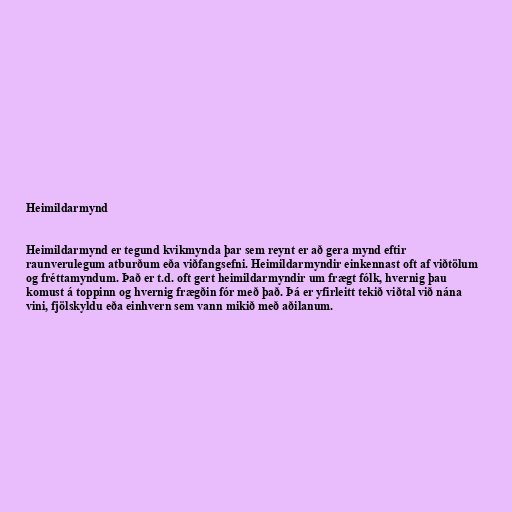
Heimildarmynd

Heimildarmynd er tegund kvikmynda þar sem reynt er að gera mynd eftir
raunverulegum atburðum eða viðfangsefni. Heimildarmyndir einkennast oft af viðtölum
og fréttamyndum. Það er t.d. oft gert heimildarmyndir um frægt fólk, hvernig þau
komust á toppinn og hvernig frægðin fór með það. Þá er yfirleitt tekið viðtal við nána
vini, fjölskyldu eða einhvern sem vann mikið með aðilanum.